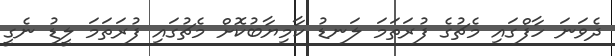
ދެވަނަ ހާފްގައި މެޗުގެ ފުރަތަމަ ލަނޑު ކާމިޔާބުކޮށް މެޗުގައި ފުރަތަމަ ލީޑު ނެގީ